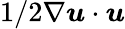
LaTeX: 1/2\nabla\boldsymbol{u}\cdot\boldsymbol{u}